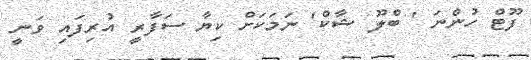
ފޫޓް ހުންނަ ' ބްލޫ ޝާކް' ނަމަކަށް ކިޔާ ސަފާރީ އުރިފައި ވަނީ